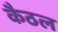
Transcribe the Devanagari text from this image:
कैठल